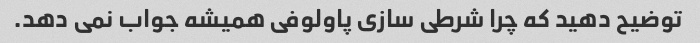
توضیح دهید که چرا شرطی سازی پاولوفی همیشه جواب نمی دهد.